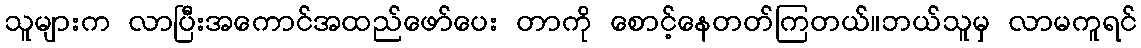
သူများက လာပြီးအကောင်အထည်ဖော်ပေး တာကို စောင့်နေတတ်ကြတယ်။ဘယ်သူမှ လာမကူရင်